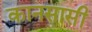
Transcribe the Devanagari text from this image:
कानसासी